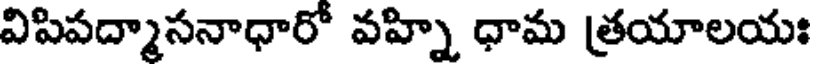
విపిపద్మాసనాధారో వహ్ని ధామ త్రయాలయః